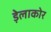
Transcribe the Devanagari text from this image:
ड़ेलाकोर